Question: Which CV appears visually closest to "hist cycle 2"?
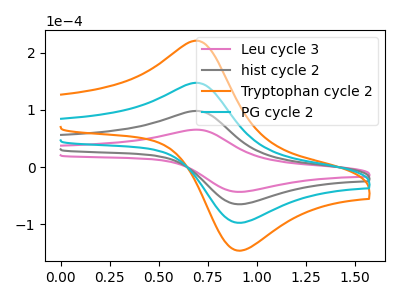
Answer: <think>The pink curve "Leu cycle 3" has an anodic peak at (0.70V, 65.55uA) and a cathodic peak at (0.90V, -43.00uA). The gray curve "hist cycle 2" has an anodic peak at (0.70V, 98.30uA) and a cathodic peak at (0.90V, -64.50uA). The orange curve "Tryptophan cycle 2" has an anodic peak at (0.70V, 294.95uA) and a cathodic peak at (0.90V, -193.55uA). The cyan curve "PG cycle 2" has an anodic peak at (0.70V, 196.60uA) and a cathodic peak at (0.90V, -129.05uA).
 All the peaks in "Leu cycle 3" have a peak in "hist cycle 2" at the same potential. Every peak in "Leu cycle 3" is lower than every peak in "hist cycle 2". All the peaks in "Leu cycle 3" have a peak in "Tryptophan cycle 2" at the same potential. Every peak in "Leu cycle 3" is lower than every peak in "Tryptophan cycle 2". All the peaks in "Leu cycle 3" have a peak in "PG cycle 2" at the same potential. Every peak in "Leu cycle 3" is lower than every peak in "PG cycle 2". All the peaks in "hist cycle 2" have a peak in "Tryptophan cycle 2" at the same potential. Every peak in "hist cycle 2" is lower than every peak in "Tryptophan cycle 2". All the peaks in "hist cycle 2" have a peak in "PG cycle 2" at the same potential. Every peak in "hist cycle 2" is lower than every peak in "PG cycle 2". All the peaks in "Tryptophan cycle 2" have a peak in "PG cycle 2" at the same potential. Every peak in "Tryptophan cycle 2" is higher than every peak in "PG cycle 2".</think>
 <answer>"hist cycle 2", "Tryptophan cycle 2" and "PG cycle 2" have a similar shape to "Leu cycle 3".</answer>
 <eval>"hist cycle 2" "Tryptophan cycle 2" "PG cycle 2"</eval>